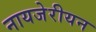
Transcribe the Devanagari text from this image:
नायजेरीयन